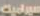
سيراميك